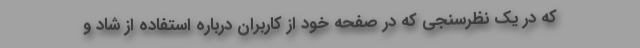
که در یک نظرسنجی که در صفحه خود از کاربران درباره استفاده از شاد و